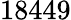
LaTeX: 18449